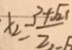
x _ { 2 } = \frac { 3 + \sqrt { 2 1 } } { 2 }